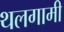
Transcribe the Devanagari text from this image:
थलगामी